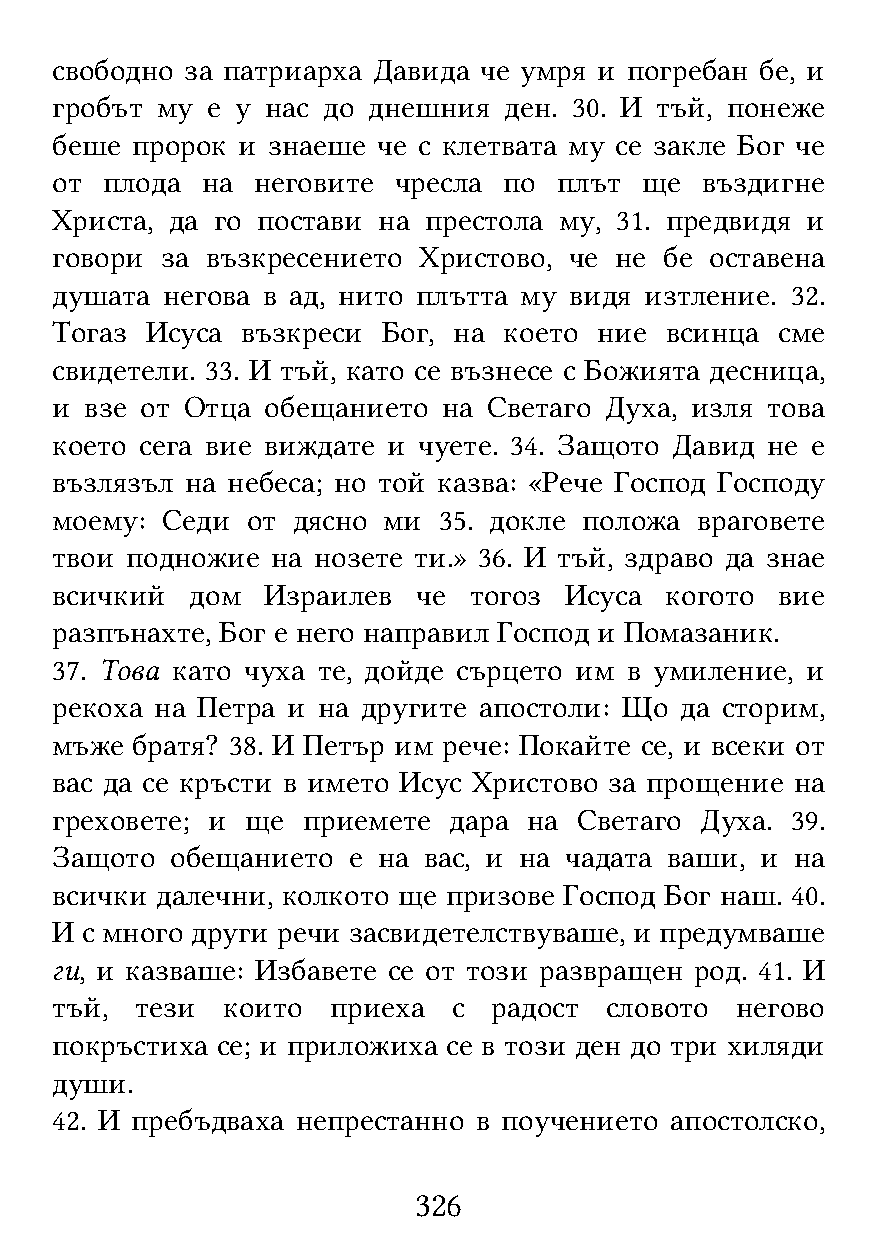
свободно за патриарха Давида че умря и погребан бе, и
 гробът му  е у нас до днешния ден. 30. И тъй, понеже
 беше  пророк и знаеше че с клетвата му се закле Бог че
 от  плода на  неговите чресла по  плът ще  въздигне
 Христа, да го постави на престола му, 31. предвидя и
 говори  за възкресението Христово, че не бе оставена
 душата  негова в ад, нито плътта му видя изтление. 32.
 Тогаз  Исуса възкреси Бог, на което  ние всинца  сме
 свидетели. 33. И тъй, като се възнесе с Божията десница,
 и  взе от Отца обещанието на Светаго Духа, изля това
 което сега вие виждате и чуете. 34. Защото Давид не е
 възлязъл на небеса; но той казва: «Рече Господ Господу
 моему:  Седи от дясно ми  35. докле положа враговете
 твои подножие  на нозете ти.» 36. И тъй, здраво да знае
 всичкий   дом  Израилев  че тогоз Исуса  когото  вие
 разпънахте, Бог е него направил Господ и Помазаник.
 37. Това като чуха те, дойде сърцето им в умиление, и
 рекоха на Петра и на другите апостоли: Що да сторим,
 мъже  братя? 38. И Петър им рече: Покайте се, и всеки от
 вас да се кръсти в името Исус Христово за прощение на
 греховете; и ще  приемете  дара на Светаго Духа. 39.
 Защото  обещанието  е на вас, и на чадата ваши, и на
 всички далечни, колкото ще призове Господ Бог наш. 40.
 И с много други речи засвидетелствуваше, и предумваше
 ги, и казваше: Избавете се от този развращен род. 41. И
 тъй,  тези  които  приеха  с  радост словото  негово
 покръстиха се; и приложиха се в този ден до три хиляди
 души.
 42. И пребъдваха непрестанно в поучението апостолско,
 326